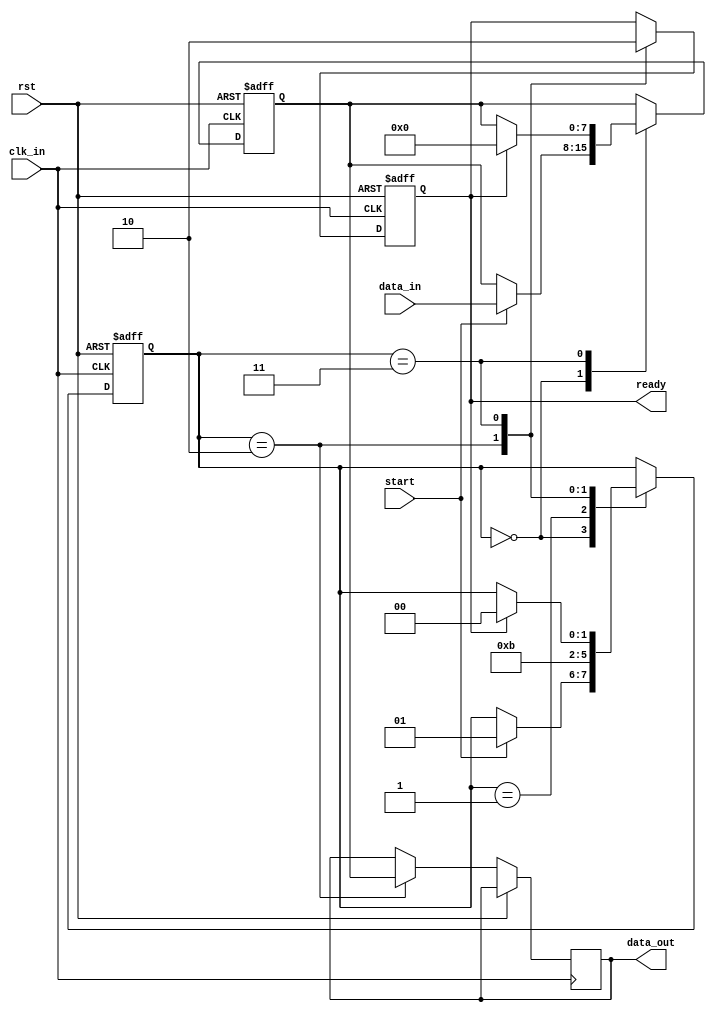
module BurstSynchronizer (
    input wire clk_in,
    input wire rst,
    input wire [7:0] data_in,
    input wire start,
    output reg [7:0] data_out,
    output reg ready
);

reg [7:0] sync_data;
reg [1:0] state;

always @(posedge clk_in or posedge rst) begin
    if (rst) begin
        state <= 2'b00;
        sync_data <= 8'b0;
        ready <= 1'b0;
    end else begin
        case (state)
            2'b00: begin
                if (start) begin
                    state <= 2'b01;
                    sync_data <= data_in;
                end
            end
            2'b01: begin
                state <= 2'b10;
            end
            2'b10: begin
                state <= 2'b11;
                data_out <= sync_data;
                ready <= 1'b1;
            end
            2'b11: begin
                if (ready) begin
                    state <= 2'b00;
                    ready <= 1'b0;
                    sync_data <= 8'b0;
                end
            end
        endcase
    end
end

endmodule